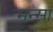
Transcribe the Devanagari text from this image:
मन्सा